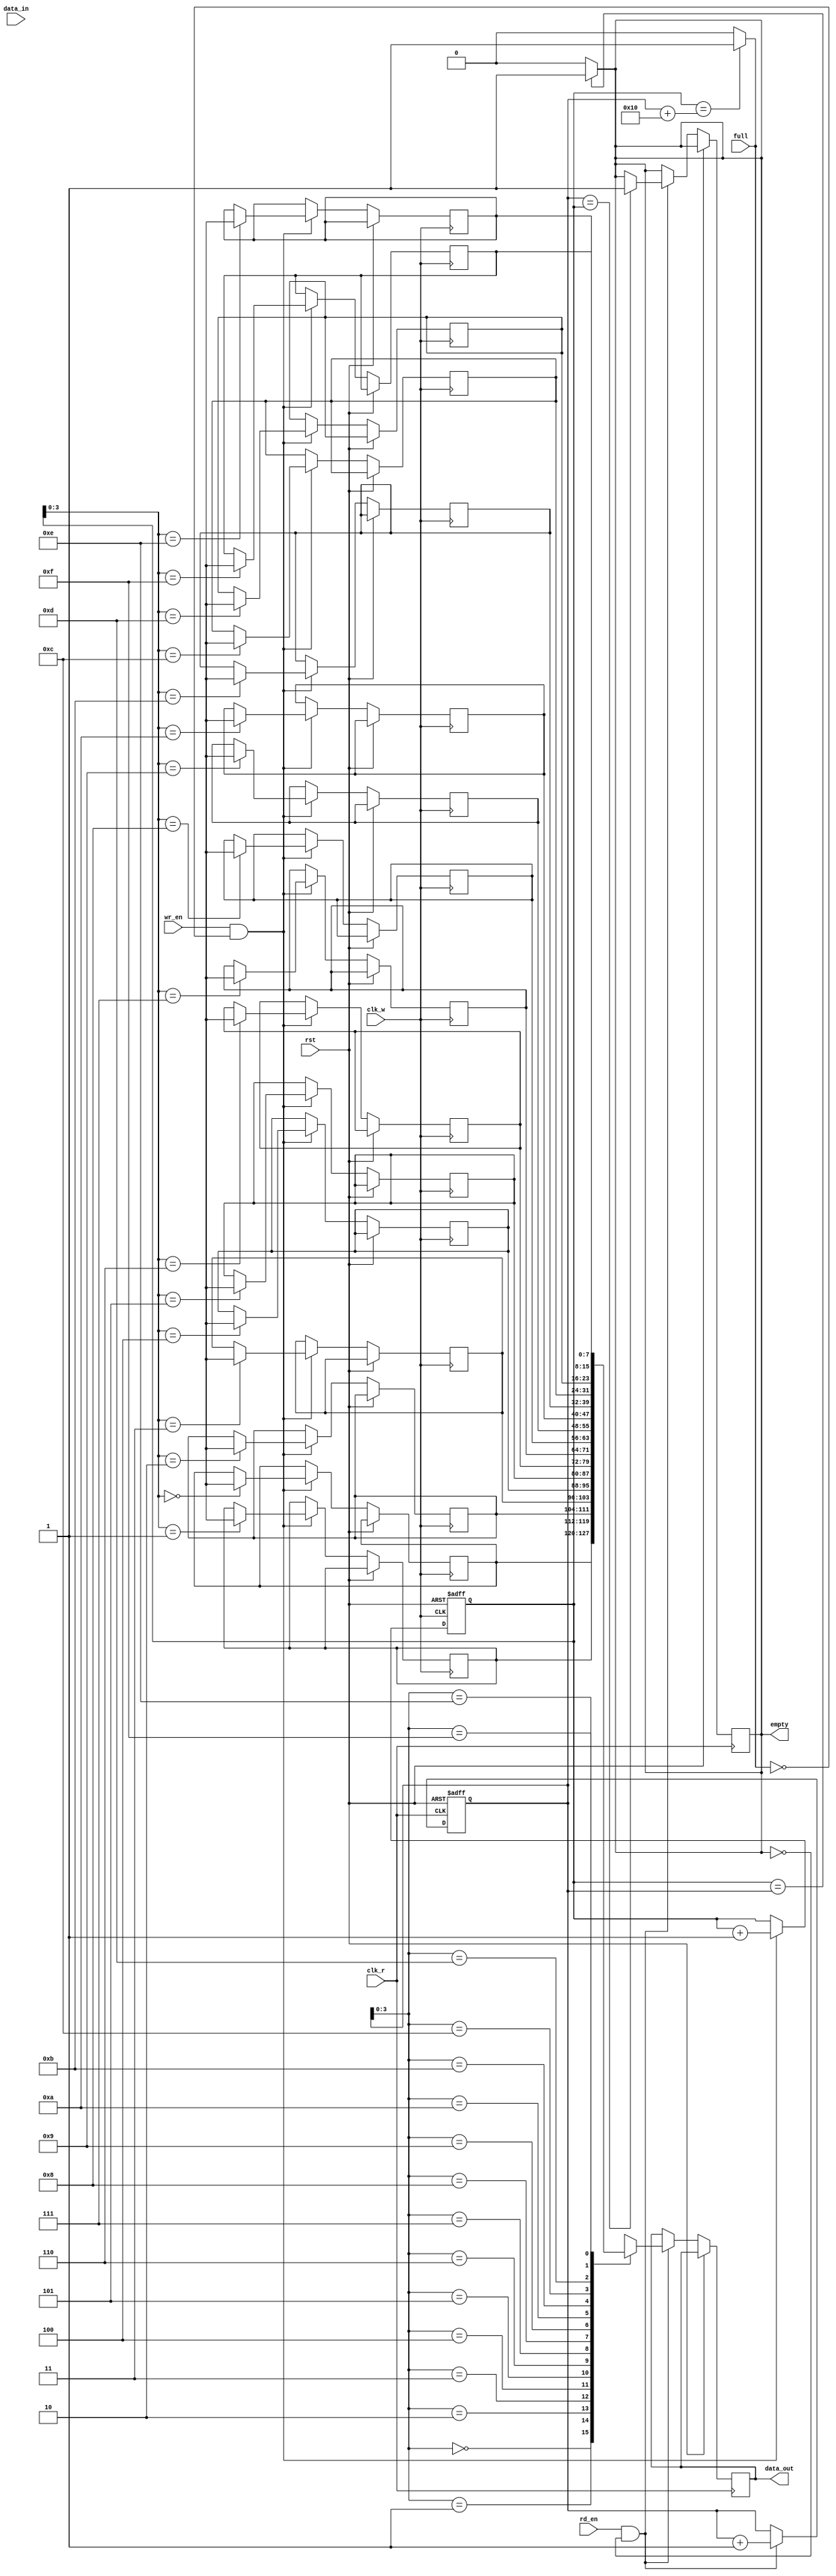
module synchronous_fifo (
    input wire clk_w,
    input wire clk_r,
    input wire rst,
    input wire wr_en,
    input wire rd_en,
    input wire [DATA_WIDTH-1:0] data_in,
    output reg [DATA_WIDTH-1:0] data_out,
    input wire full,
    output reg empty
);

parameter FIFO_DEPTH = 16;
parameter DATA_WIDTH = 8;

reg [DATA_WIDTH-1:0] fifo [0:FIFO_DEPTH-1];
reg [DATA_WIDTH-1:0] wr_ptr = 0;
reg [DATA_WIDTH-1:0] rd_ptr = 0;
reg [DATA_WIDTH-1:0] wr_data;

always @(posedge clk_w or posedge rst) begin
    if (rst) begin
        wr_ptr <= 0;
    end else begin
        if (wr_en && !full) begin
            fifo[wr_ptr] <= wr_data;
            wr_ptr <= wr_ptr + 1;
        end
    end
end

always @ (posedge clk_r or posedge rst) begin
    if (rst) begin
        rd_ptr <= 0;
    end else begin
        if (rd_en && !empty) begin
            data_out <= fifo[rd_ptr];
            rd_ptr <= rd_ptr + 1;
            if (rd_ptr == wr_ptr) begin
                empty <= 1;
            end
        end
    end
end

always @ (*) begin
    if (wr_ptr == rd_ptr) begin
        empty <= 1;
    end else begin
        empty <= 0;
    end

    if (wr_ptr == rd_ptr + FIFO_DEPTH) begin
        full <= 1;
    end else begin
        full <= 0;
    end
end

endmodule